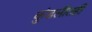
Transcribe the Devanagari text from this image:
कुंडलीतही